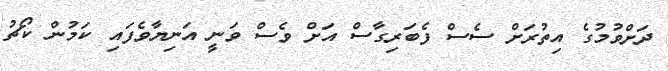
ދަށްވުމުގެ އިތުރަށް ސެސް ފެބަރިގާސް އަށް ވެސް ވަނީ އަނިޔާވެފައި ކަމުން ކޯޗު